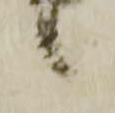
候